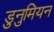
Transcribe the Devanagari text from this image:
डुनुमियन